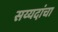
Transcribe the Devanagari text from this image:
सय्यदांचा